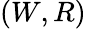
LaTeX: (W,R)